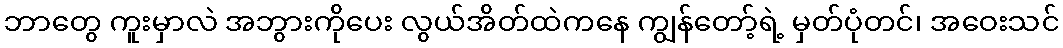
ဘာတွေ ကူးမှာလဲ အဘွားကိုပေး လွယ်အိတ်ထဲကနေ ကျွန်တော့်ရဲ့ မှတ်ပုံတင်၊ အဝေးသင်